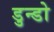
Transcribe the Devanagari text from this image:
डुन्डो